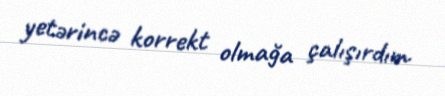
yetərincə korrekt olmağa çalışırdım.